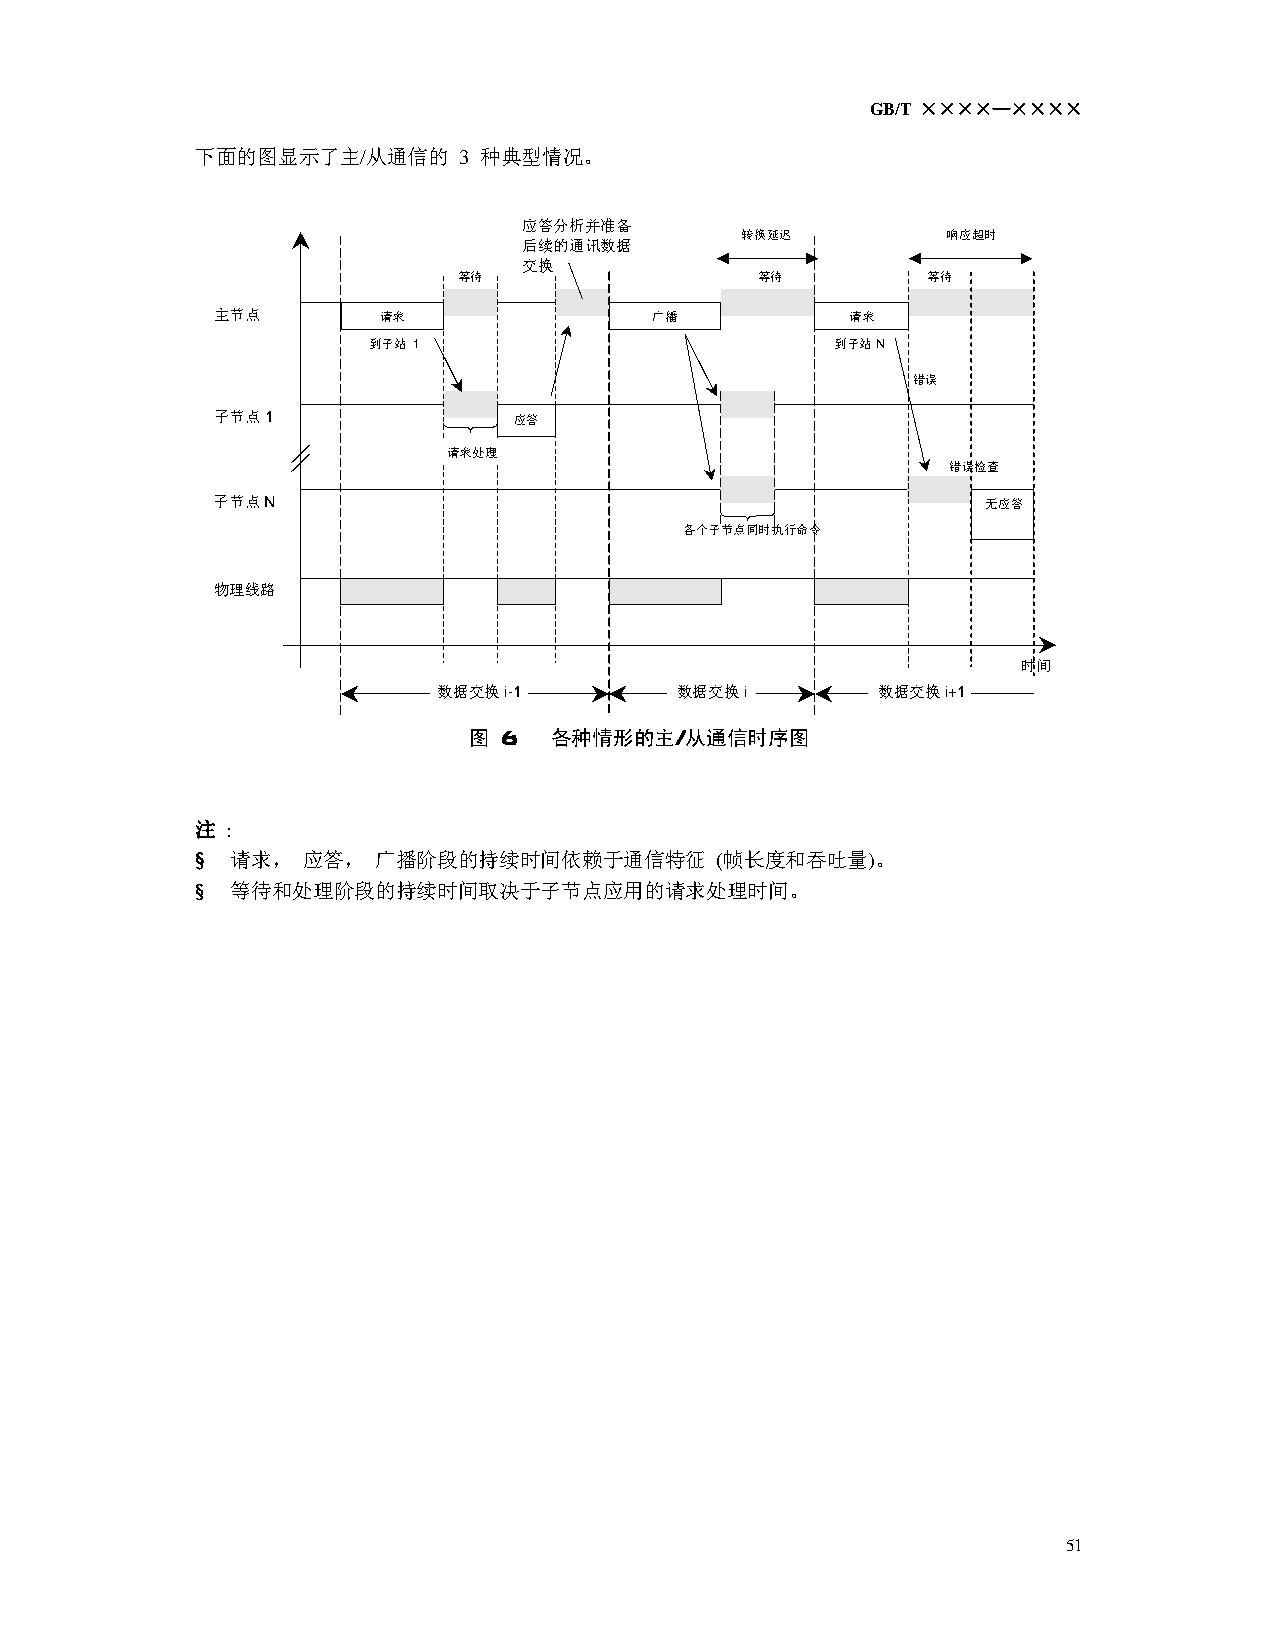
GB/T ××××—××××
 下面的图显示了主/从通信的    3 种典型情况。
 应答分析并准备
 转换延迟          响应超时
 后续的通讯数据
 交换
 等待                  等待         等待
 主节点        请求                广播           请求
 到子站 1                          到子站 N
 错误
 子节点 1               应答
 请求处理
 错误检查
 子节点N                                               无应答
 各个子节点同时执行命令
 物理线路
 时间
 数据交换 i-1        数据交换i        数据交换i+1
 图 6: 各种情形的主/从通信时序图
 注 :
 § 请求，  应答，  广播阶段的持续时间依赖于通信特征      (帧长度和吞吐量)。
 § 等待和处理阶段的持续时间取决于子节点应用的请求处理时间。
 51